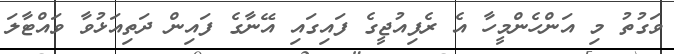
ވަގުތު މި އަންހެންމީހާ އެ ރެފިއުޖީގެ ފައިގައި އޭނާގެ ފައިން ދަތިއަޅުވާ ވައްޓާލަ